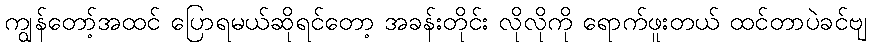
ကျွန်တော့်အထင် ပြောရမယ်ဆိုရင်တော့ အခန်းတိုင်း လိုလိုကို ရောက်ဖူးတယ် ထင်တာပဲခင်ဗျ